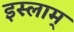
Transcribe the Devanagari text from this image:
इस्लाम्